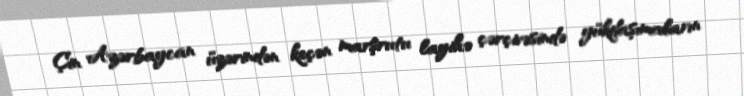
Çin Azərbaycan üzərindən keçən marşrutu layihə çərçivəsində yükdaşımaların